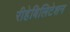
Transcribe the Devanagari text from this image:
रीहेबिलिटेशन